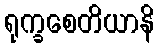
ရုက္ခစေတိယာနိ